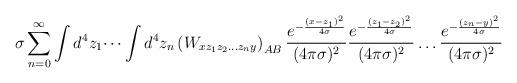
LaTeX: \begin{align*}\sigma\sum_{n=0}^\infty\int d^4z_1\dots\int d^4z_n\left(W_{xz_1z_2\dots z_ny}\right)_{AB}\frac{e^{-\frac{(x-z_1)^2}{4\sigma}}}{(4\pi\sigma)^2}\frac{e^{-\frac{(z_1-z_2)^2}{4\sigma}}}{(4\pi\sigma)^2}\dots\frac{e^{-\frac{(z_n-y)^2}{4\sigma}}}{(4\pi\sigma)^2}\end{align*}